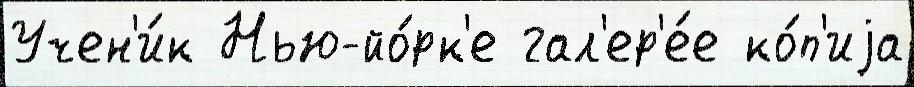
Учен'и́к Нью-йо́рк'е гал'ер'е́е ко́п'иjа